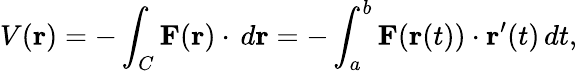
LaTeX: V(\mathbf{r})=-\int_{C}\mathbf{F}(\mathbf{r})\cdot\, d\mathbf{r}=-\int_{a}^{b}\mathbf{F}(\mathbf{r}(t))\cdot\mathbf{r}^{\prime}(t)\, dt,